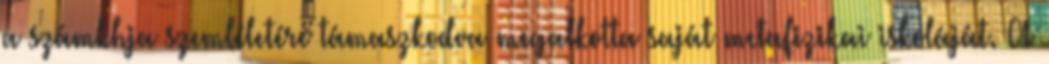
a számkhja szemléletére támaszkodva megalkotta saját metafizikai iskoláját. A